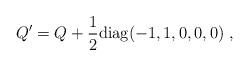
LaTeX: \begin{align*}Q' = Q + {1\over 2} {\rm diag}(-1,1,0,0,0) \ , \end{align*}